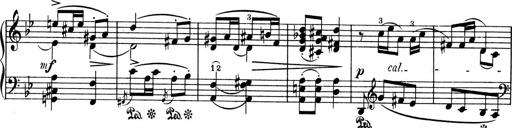
Title: 3 Sonatinen fÃ¼r Pianoforte
Composer: Fritz von Bose